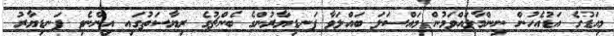
މިއަޑުގެ އަޑުއެހުން ނިންމާލައްވަމުން މައްސަލަ ބައްލަވާ ފަނޑިޔާރުންގެ ބެންޗުގެ ރިޔާސަތުގައި އިންނެވި ފަނޑިޔާރު